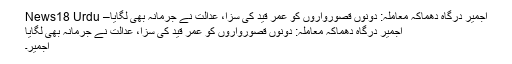
اجمیر درگاہ دھماکہ معاملہ: دونوں قصورواروں کو عمر قید کی سزا، عدالت نے جرمانہ بھی لگایا– News18 Urdu
اجمیر درگاہ دھماکہ معاملہ: دونوں قصورواروں کو عمر قید کی سزا، عدالت نے جرمانہ بھی لگایا
اجمیر۔